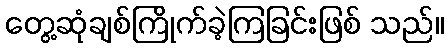
တွေ့ဆုံချစ်ကြိုက်ခဲ့ကြခြင်းဖြစ် သည်။